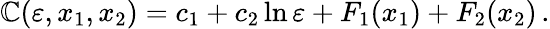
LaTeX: \mathbb{C}(\varepsilon,x_{1},x_{2})=c_{1}+c_{2}\ln\varepsilon+F_{1}(x_{1})+F_{2}(x_{2})\, .